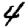
Digit: 4